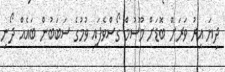
ދިޔަ އިރު ވަރަށް ބޮޑަށް މޫސުމް ގޯސްވެފައި ވުމުގެ ސަބަބުން ބައެއް ދޯނި